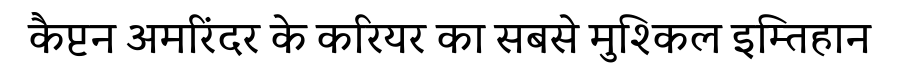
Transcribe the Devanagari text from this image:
कैप्टन अमरिंदर के करियर का सबसे मुश्किल इम्तिहान